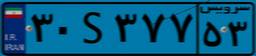
۳۰S۳۷۷۵۳